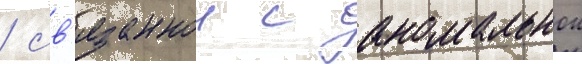
/ св'язаннои с аномальнои